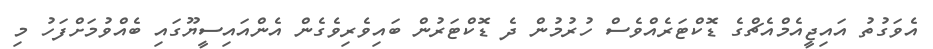
އެވަގުތު އައިޖީއެމްއެޗްގެ ޑޮކްޓަރެއްވެސް ހުރުމުން ދެ ޑޮކްޓަރުން ބައިވެރިވެގެން އެންއައިސީޔޫގައި ބެއްވުމަށްފަހު މި